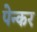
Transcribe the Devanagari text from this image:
पेन्कर